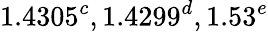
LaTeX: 1.4305^{c},1.4299^{d},1.53^{e}